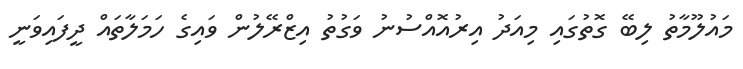
މައުލޫމާތު ލިބޭ ގޮތުގައި މިއަދު އިރުއޮއްސުނު ވަގުތު އިޒްރޭލުން ވައިގެ ހަމަލާތައް ދީފައިވަނީ